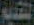
القديم